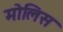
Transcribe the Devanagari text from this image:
मोलिस